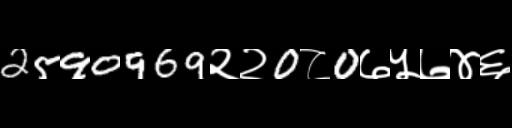
Text: 2590969२२0८0७५७४६